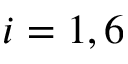
i = 1 , 6